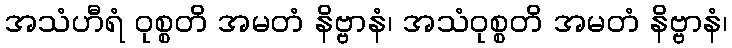
အသံဟီရံ ဝုစ္စတိ အမတံ နိဗ္ဗာနံ၊ အသံဝုစ္စတိ အမတံ နိဗ္ဗာနံ၊